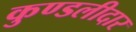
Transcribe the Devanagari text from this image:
कुण्डलीदार